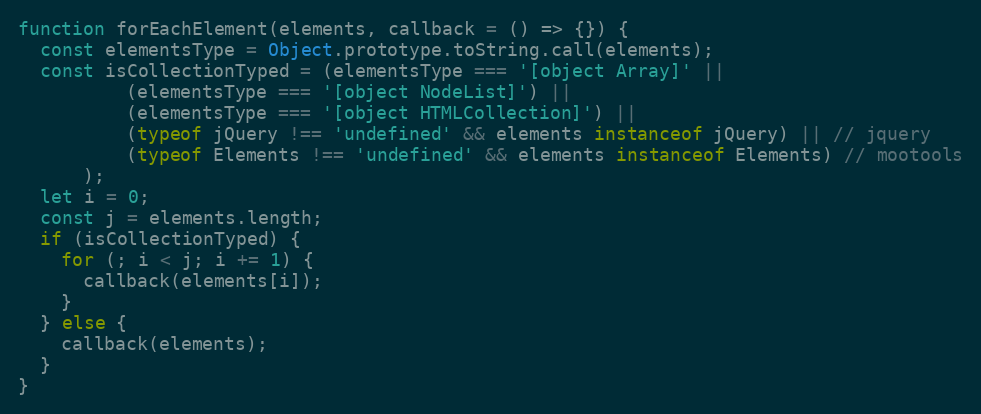
Language: JavaScript
function forEachElement(elements, callback = () => {}) {
  const elementsType = Object.prototype.toString.call(elements);
  const isCollectionTyped = (elementsType === '[object Array]' ||
          (elementsType === '[object NodeList]') ||
          (elementsType === '[object HTMLCollection]') ||
          (typeof jQuery !== 'undefined' && elements instanceof jQuery) || // jquery
          (typeof Elements !== 'undefined' && elements instanceof Elements) // mootools
      );
  let i = 0;
  const j = elements.length;
  if (isCollectionTyped) {
    for (; i < j; i += 1) {
      callback(elements[i]);
    }
  } else {
    callback(elements);
  }
}